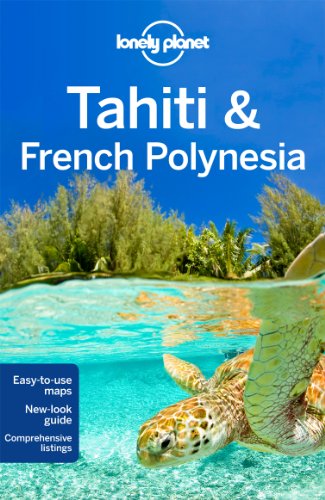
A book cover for Lonely Planet Tahiti & French Polynesia (Travel Guide); Lonely Planet; Sports & Outdoors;